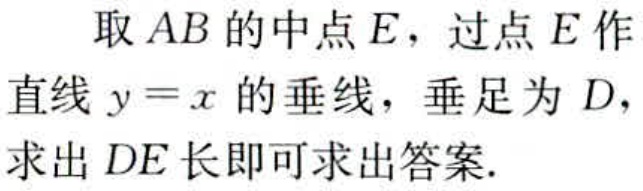
取 \(AB\) 的中点 \(E\)，过点 \(E\) 作直线 \(y = x\) 的垂线，垂足为 \(D\)，求出 \(DE\) 长即可求出答案.